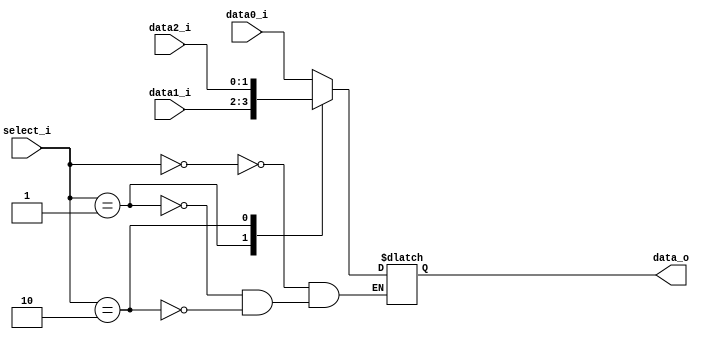
module MUX_3to1(
    data0_i,
    data1_i,
		data2_i,
    select_i,
    data_o
    );

parameter size = 0;

//I/O ports
input   [size-1:0] data0_i;
input   [size-1:0] data1_i;
input		[size-1:0] data2_i;
input   [2-1:0]		 select_i;
output  [size-1:0] data_o;

//Internal Signals
reg     [size-1:0] data_o;

always @(*) begin
	case(select_i)
	2'b00:
		begin
			data_o <= data0_i;
		end
	2'b01:
		begin
			data_o <= data1_i;
		end
	2'b10:
		begin
			data_o <= data2_i;
		end
	default:
		begin
		end
	endcase
end

endmodule